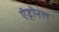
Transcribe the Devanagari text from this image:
ऐड्रोनल